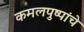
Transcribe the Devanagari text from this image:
कमलपुष्पांचे